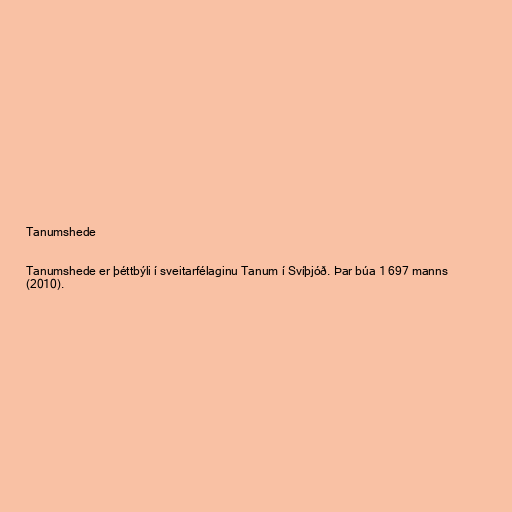
Tanumshede

Tanumshede er þéttbýli í sveitarfélaginu Tanum í Svíþjóð. Þar búa 1 697 manns
(2010).